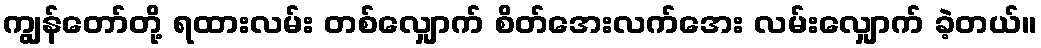
ကျွန်တော်တို့ ရထားလမ်း တစ်လျှောက် စိတ်အေးလက်အေး လမ်းလျှောက် ခဲ့တယ်။